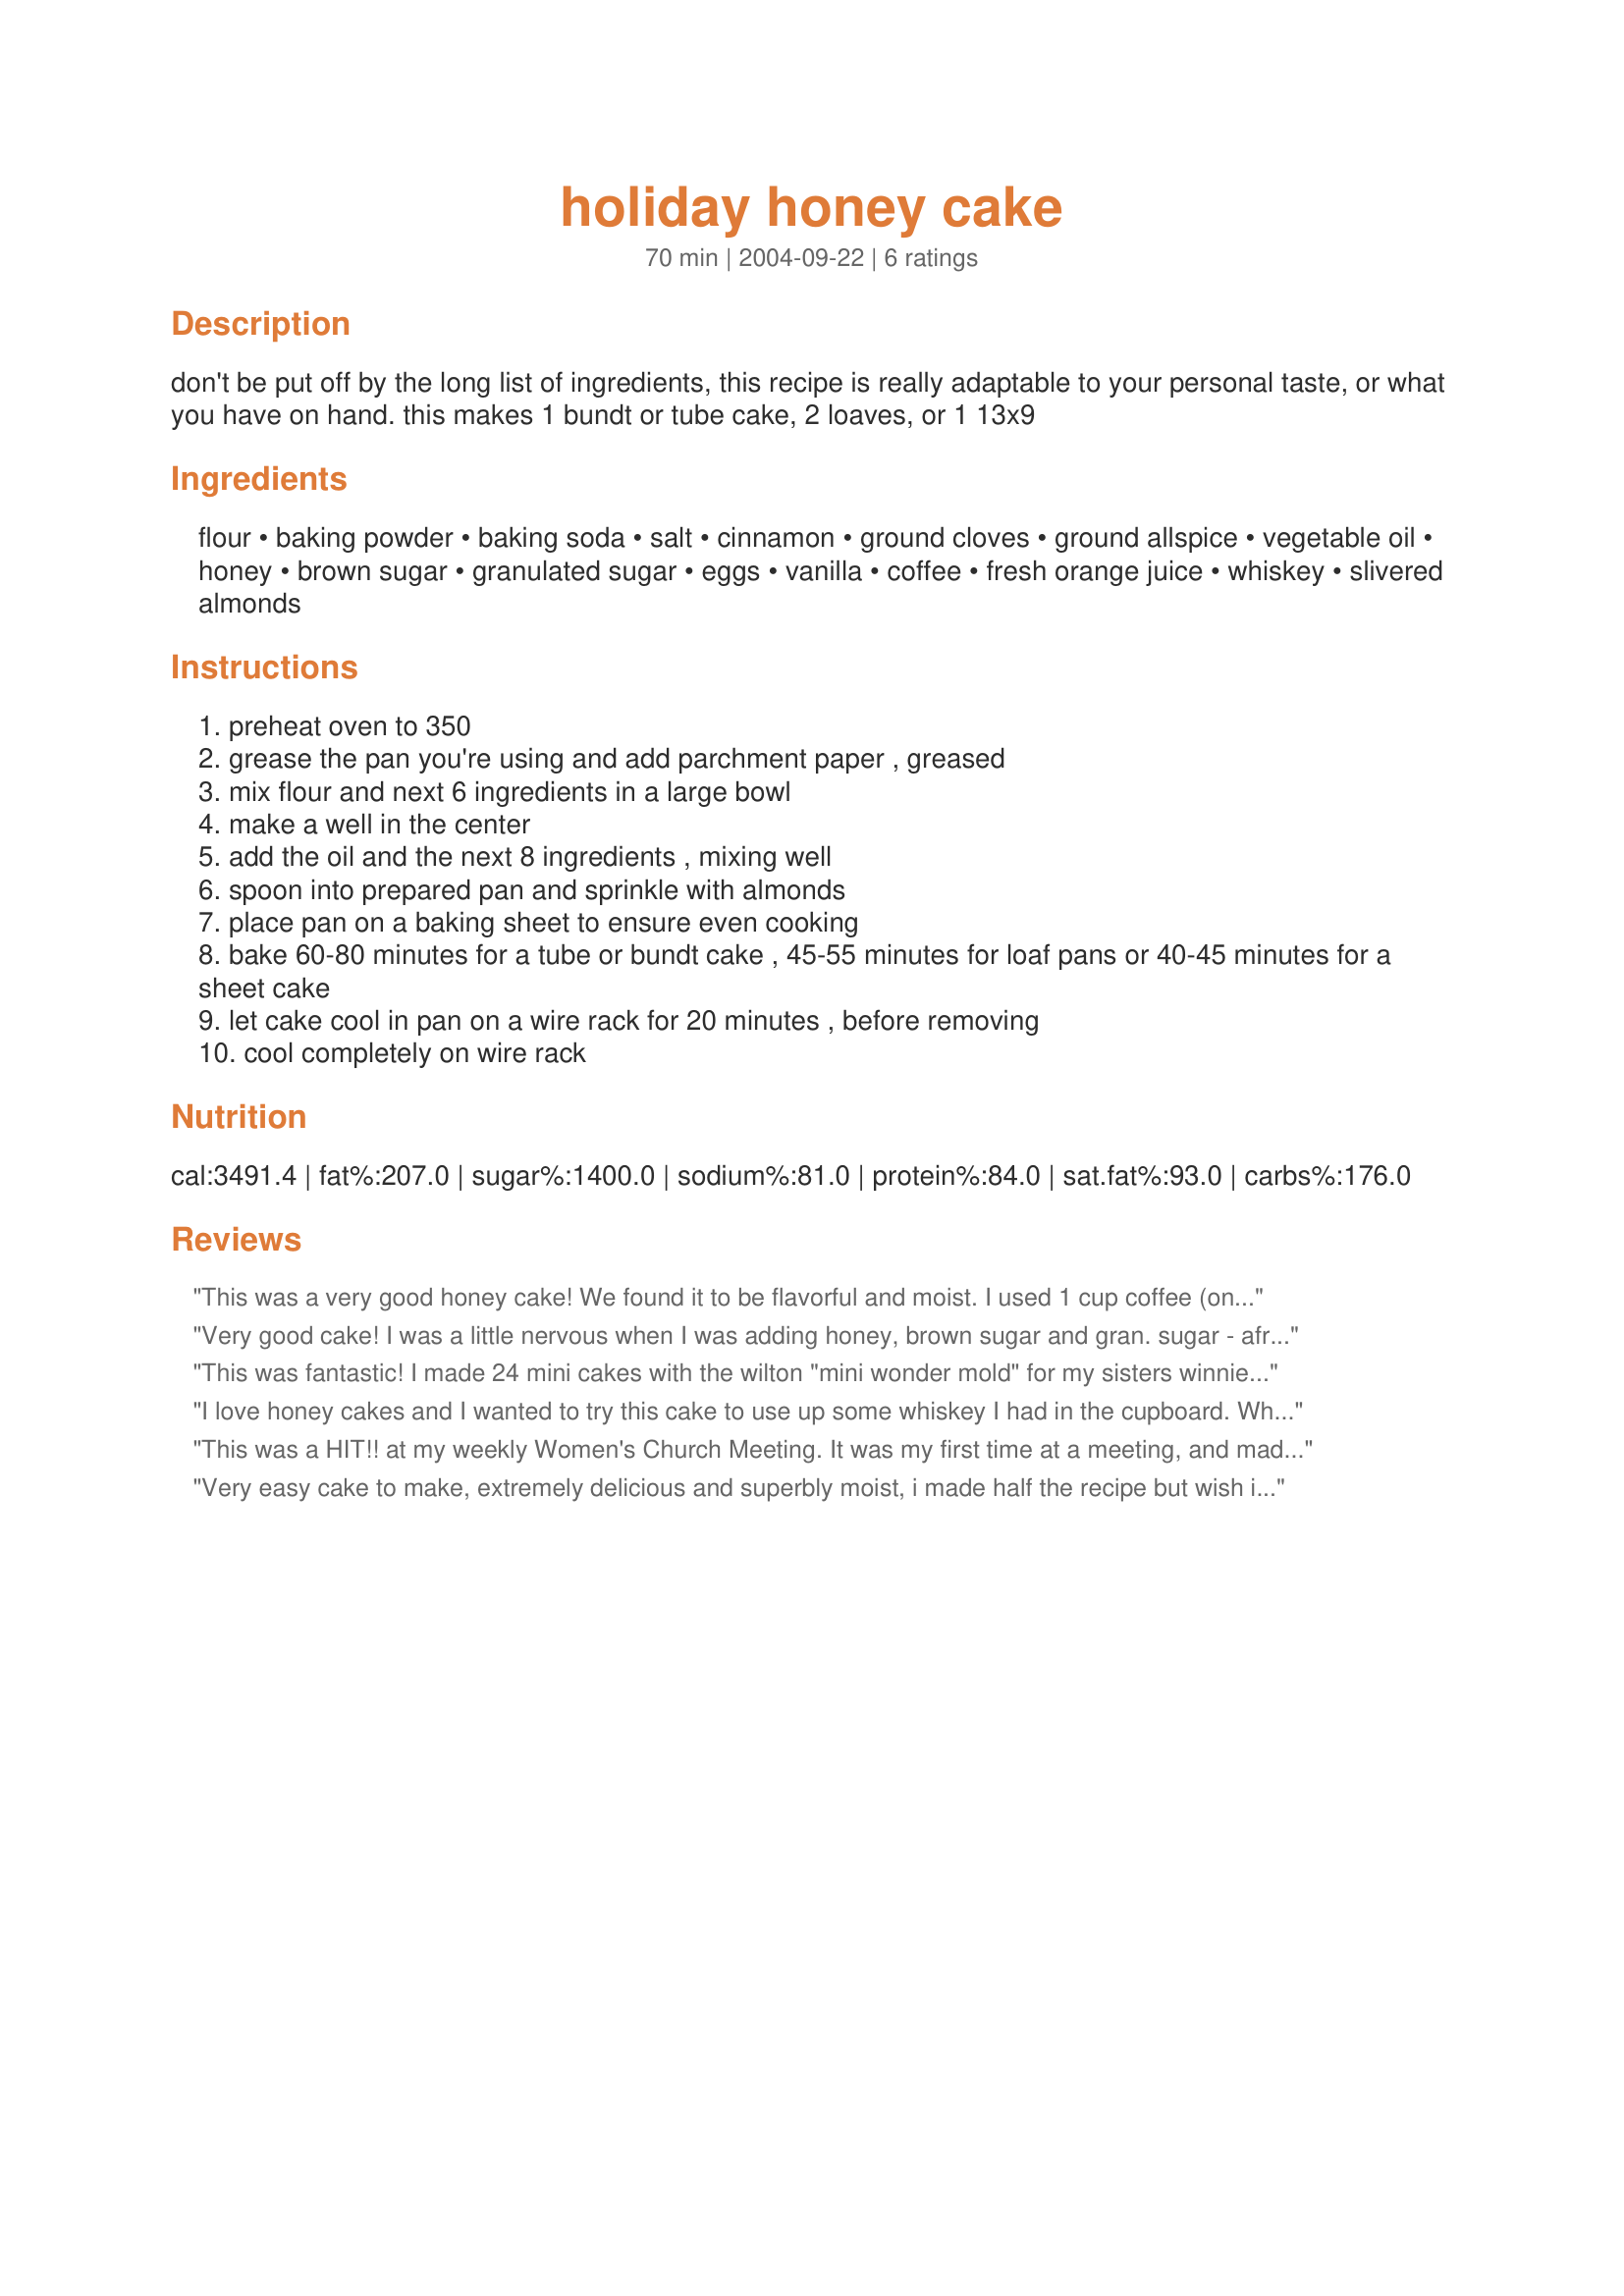
holiday honey cake
Preparation time: 70 minutes

don't be put off by the long list of ingredients, this recipe is really adaptable to your personal taste, or what you have on hand. this makes 1 bundt or tube cake, 2 loaves, or 1 13x9

Ingredients:
flour, baking powder, baking soda, salt, cinnamon, ground cloves, ground allspice, vegetable oil, honey, brown sugar, granulated sugar, eggs, vanilla, coffee, fresh orange juice, whiskey, slivered almonds

Steps:
preheat oven to 350
grease the pan you're using and add parchment paper , greased
mix flour and next 6 ingredients in a large bowl
make a well in the center
add the oil and the next 8 ingredients , mixing well
spoon into prepared pan and sprinkle with almonds
place pan on a baking sheet to ensure even cooking
bake 60-80 minutes for a tube or bundt cake , 45-55 minutes for loaf pans or 40-45 minutes for a sheet cake
let cake cool in pan on a wire rack for 20 minutes , before removing
cool completely on wire rack

Reviews:
This was a very good honey cake! We found it to be flavorful and moist. I used 1 cup coffee (on the strong side) and 1/4 cup orange juice as my extra liquid. I also toasted the almonds. The only thing I would change would be the pan I made the cake in. I used a bundt cake since the recipe says this is fine. Since there is no way to line the pan with parchment paper, I greased and floured the pan well. It was very difficult to remove the cake from the pan. When the cake finally came out, a layer of the top was left in the pan. Luckily the top was pretty evenly gone so it actually looked somewhat ok. Also, when I removed the pan from the oven after baking, I found that some of the batter had overflowed into the center hole of the bundt pan while cooking. A positive side to the overflow was that I was able to get a preview tasting of the cake! Next time I will either make a sheet cake or a tube cake if I can figure out how to line it with parchment paper. I still think this recipe deserves 5 stars despite the mishaps.
Very good cake! I was a little nervous when I was adding honey, brown sugar and gran. sugar - afraid it might be too sweet. But it was wonderful. I used coffee a&1/4) and the orange juice as my liquid. I took it to a pot luck and a lady sitting beside me ate a slice of it and was telling others at the table how good it was (and she did NOT know I had brought it!!)
This was fantastic! I made 24 mini cakes with the wilton "mini wonder mold" for my sisters winnie the pooh themed baby shower (to make perfect little bee hives). I used a powdered sugar glaze and little candy bees. The guests couldn't get enough. Thanks so much.
I love honey cakes and I wanted to try this cake to use up some whiskey I had in the cupboard. What a delicious cake! You can taste a mere hint of whiskey in the finished product, just enough to make you sit up and ask, "What is that flavouring?" I baked it in a 9" x 13" pan but I like that it can also be baked as loaves; so handy when I want to bring treats to work or just put away something in the freezer for just in case visitors come unexpectedly. Thanks for sharing, Chia!
This was a HIT!! at my weekly Women's Church Meeting. It was my first time at a meeting, and made this up in 2 loaf pans, and sliced it up. And they loved it!!!! Great taste, not too sweet, and not bland that you'd need to add anything. Great Great Great!!
Very easy cake to make, extremely delicious and superbly moist, i made half the recipe but wish i made the whole of it because the cake only lasted two days. I made it in a casserole dish, it was just the right amount however the temperature was too high - it nearly burnt the top whilst the middle was complete liquid, but that problem is easily fixed by putting it on a very low heat.
